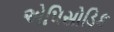
એપિસોડિક